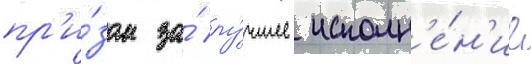
пр'и́зом за́ лу́чшее исполн'е́н'ие